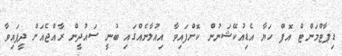
ޑިޕާޓްމަންޓް އޮފް ހަޔާ އެޑިއުކޭޝަނުން ކޮށްފައިވާ އިއުލާނެއްގައި ބުނީ ސައުދީން ރާއްޖެއަށް ދީފައިވާ